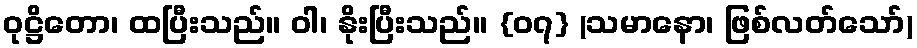
ဝုဋ္ဌိတော၊ ထပြီးသည်။ ဝါ၊ နိုးပြီးသည်။ {၀၇} (သမာနော၊ ဖြစ်လတ်သော်)